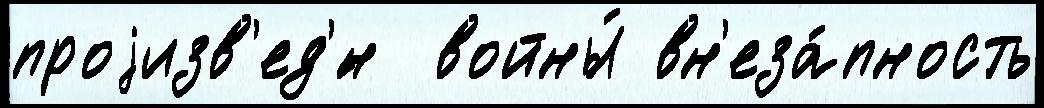
проjизв'ед'́н  войны́ вн'еза́пность